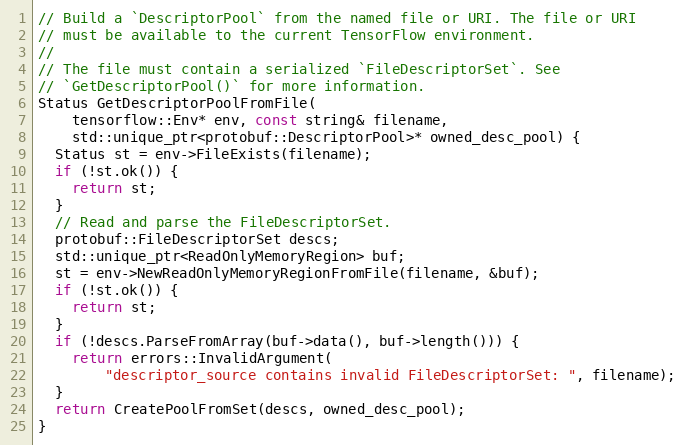
Language: C++
// Build a `DescriptorPool` from the named file or URI. The file or URI
// must be available to the current TensorFlow environment.
//
// The file must contain a serialized `FileDescriptorSet`. See
// `GetDescriptorPool()` for more information.
Status GetDescriptorPoolFromFile(
    tensorflow::Env* env, const string& filename,
    std::unique_ptr<protobuf::DescriptorPool>* owned_desc_pool) {
  Status st = env->FileExists(filename);
  if (!st.ok()) {
    return st;
  }
  // Read and parse the FileDescriptorSet.
  protobuf::FileDescriptorSet descs;
  std::unique_ptr<ReadOnlyMemoryRegion> buf;
  st = env->NewReadOnlyMemoryRegionFromFile(filename, &buf);
  if (!st.ok()) {
    return st;
  }
  if (!descs.ParseFromArray(buf->data(), buf->length())) {
    return errors::InvalidArgument(
        "descriptor_source contains invalid FileDescriptorSet: ", filename);
  }
  return CreatePoolFromSet(descs, owned_desc_pool);
}